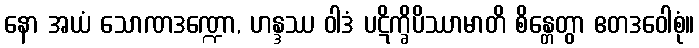
နော အယံ သောဏဒဏ္ဍော, ဟန္ဒဿ ဝါဒံ ပဋိက္ခိပိဿာမာတိ စိန္တေတွာ ဧတဒဝေါစုံ။